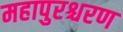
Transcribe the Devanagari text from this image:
महापुरश्चरण